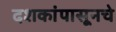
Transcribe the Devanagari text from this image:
दशकांपासूनचे